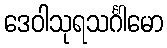
ဒေဝါသုရသင်္ဂါမော